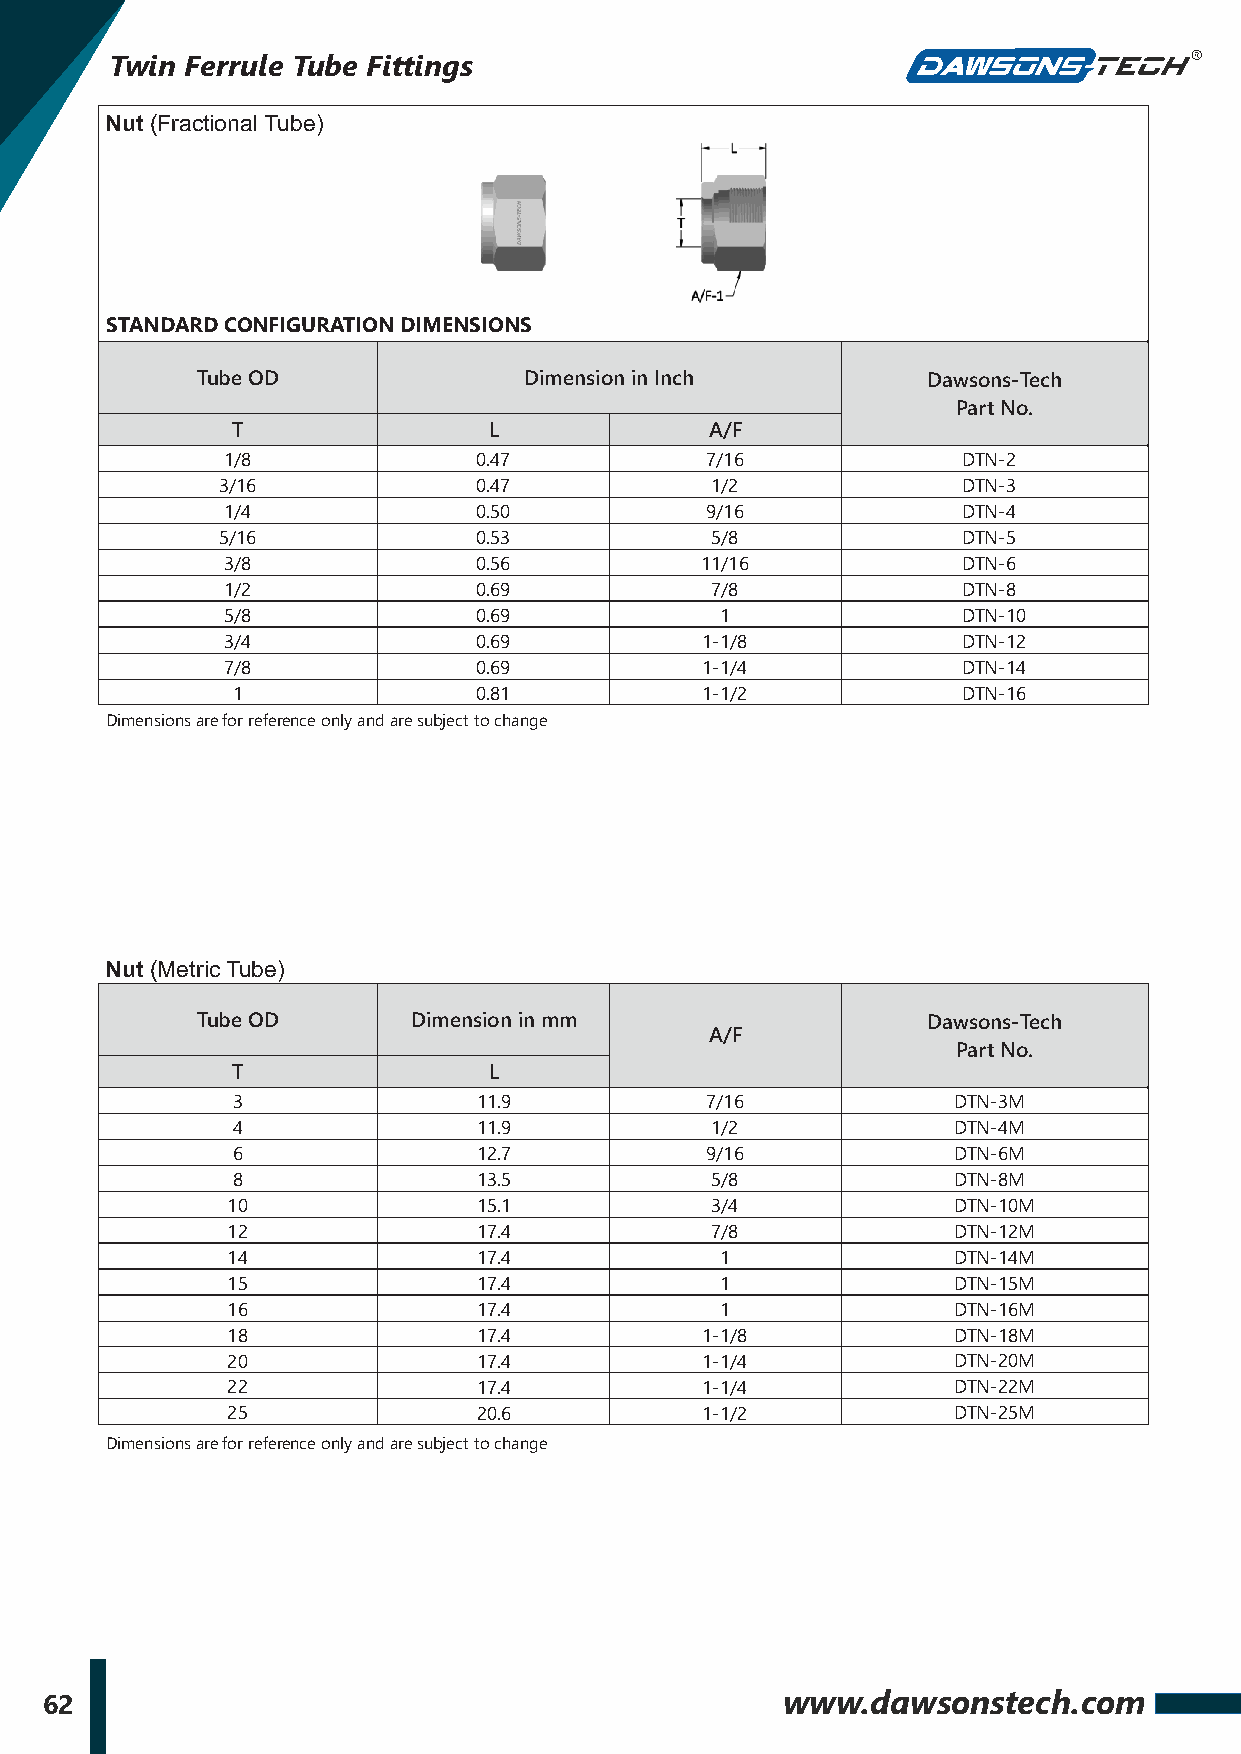
Twin Ferrule Tube Fittings
 Nut (Fractional Tube)
 STANDARD CONFIGURATION DIMENSIONS
 Tube OD               Dimension in Inch         Dawsons-Tech
 Part No.
 T                L              A/F
 1/8             0.47            7/16             DTN-2
 3/16             0.47            1/2              DTN-3
 1/4             0.50            9/16             DTN-4
 5/16             0.53            5/8              DTN-5
 3/8             0.56           11/16             DTN-6
 1/2             0.69            7/8              DTN-8
 5/8             0.69             1               DTN-10
 3/4             0.69           1-1/8             DTN-12
 7/8             0.69           1-1/4             DTN-14
 1               0.81           1-1/2             DTN-16
 Dimensions are for reference only and are subject to change
 Nut (Metric Tube)
 Tube OD       Dimension in mm                   Dawsons-Tech
 A/F
 Part No.
 T                L
 3                11.9           7/16            DTN-3M
 4                11.9           1/2             DTN-4M
 6                12.7           9/16            DTN-6M
 8                13.5           5/8             DTN-8M
 10               15.1           3/4             DTN-10M
 12               17.4           7/8             DTN-12M
 14               17.4            1              DTN-14M
 15               17.4            1              DTN-15M
 16               17.4            1              DTN-16M
 18               17.4          1-1/8            DTN-18M
 20               17.4          1-1/4            DTN-20M
 22               17.4          1-1/4            DTN-22M
 25               20.6          1-1/2            DTN-25M
 Dimensions are for reference only and are subject to change
 62                                               www.dawsonstech.com